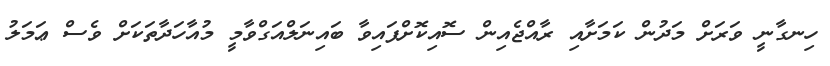
ހިނގާނީ ވަރަށް މަދުން ކަމަށާއި ރާއްޖެއިން ސޮއިކޮށްފައިވާ ބައިނަލްއަގްވާމީ މުއާހަދާތަކަށް ވެސް ޢަމަލު